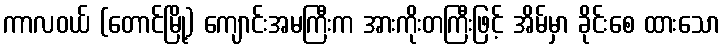
ကာလဝယ် (တောင်မြို့) ကျောင်းအမကြီးက အားကိုးတကြီးဖြင့် အိမ်မှာ ခိုင်းစေ ထားသော